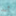
أنه